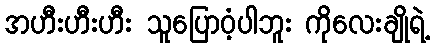
အဟီးဟီးဟီး သူပြောဝံ့ပါဘူး ကိုလေးချိုရဲ့